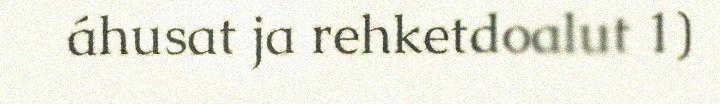
áhusat ja rehketdoalut 1)